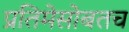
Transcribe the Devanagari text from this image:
प्रतिमेसोबतच